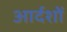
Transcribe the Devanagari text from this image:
आर्दशों